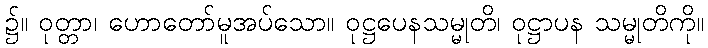
၌။ ဝုတ္တာ၊ ဟောတော်မူအပ်သော။ ဝုဋ္ဌပေနသမ္မုတိ၊ ဝုဋ္ဌာပန သမ္မုတိကို။